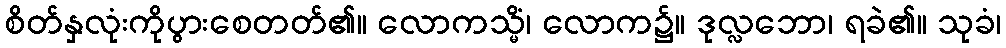
စိတ်နှလုံးကိုပွားစေတတ်၏။ လောကသ္မိံ၊ လောက၌။ ဒုလ္လဘော၊ ရခဲ၏။ သုခံ၊